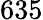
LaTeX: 635